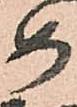
め